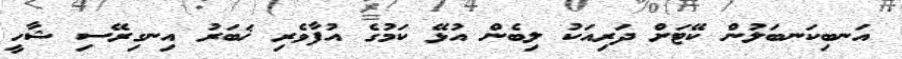
އަނބިކަނބަލުން ކޭޓަށް ދަރިއަކު ލިބެން އުޅޭ ކަމުގެ އުފާވެރި ޚަބަރު އިނގިރޭސި ޝާހީ